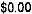
$0.00